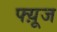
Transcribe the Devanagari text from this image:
फ्य़ूज